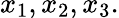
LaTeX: x_{1},x_{2},x_{3}.